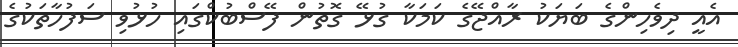
އެއީ ދިވެހިންގެ ބަޔަކު ރާއްޖޭގެ ކަމަކާ ގުޅޭ ގޮތުން ފޭސްބުކްގައި ހުޅުވި ސަފުހާތަކުގެ